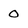
Character: o